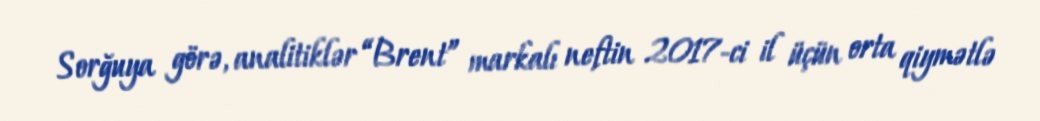
Sorğuya görə, analitiklər “Brent” markalı neftin 2017-ci il üçün orta qiymətlə